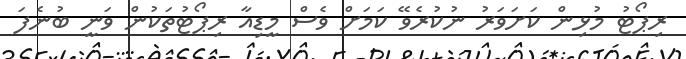
ރިޕޯޓު މުޅިން ކަށަވަރު ނުކުރެވޭ ކަމަށް ވެސް މީޑިއާ ރިޕޯޓުތަކުން ވަނީ ބުނެފަ